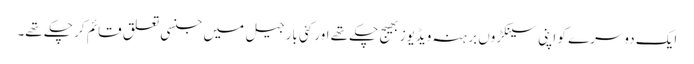
ایک دوسرے کو اپنی سینکڑوں برہنہ ویڈیوز بھیج چکے تھے اور کئی بار جیل میں جنسی تعلق قائم کر چکے تھے۔